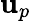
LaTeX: \mathbf{u}_{p}